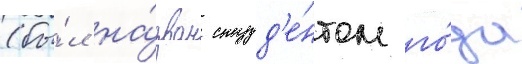
(бы́л на́зван студ'е́нтом го́да